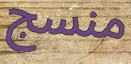
منسج